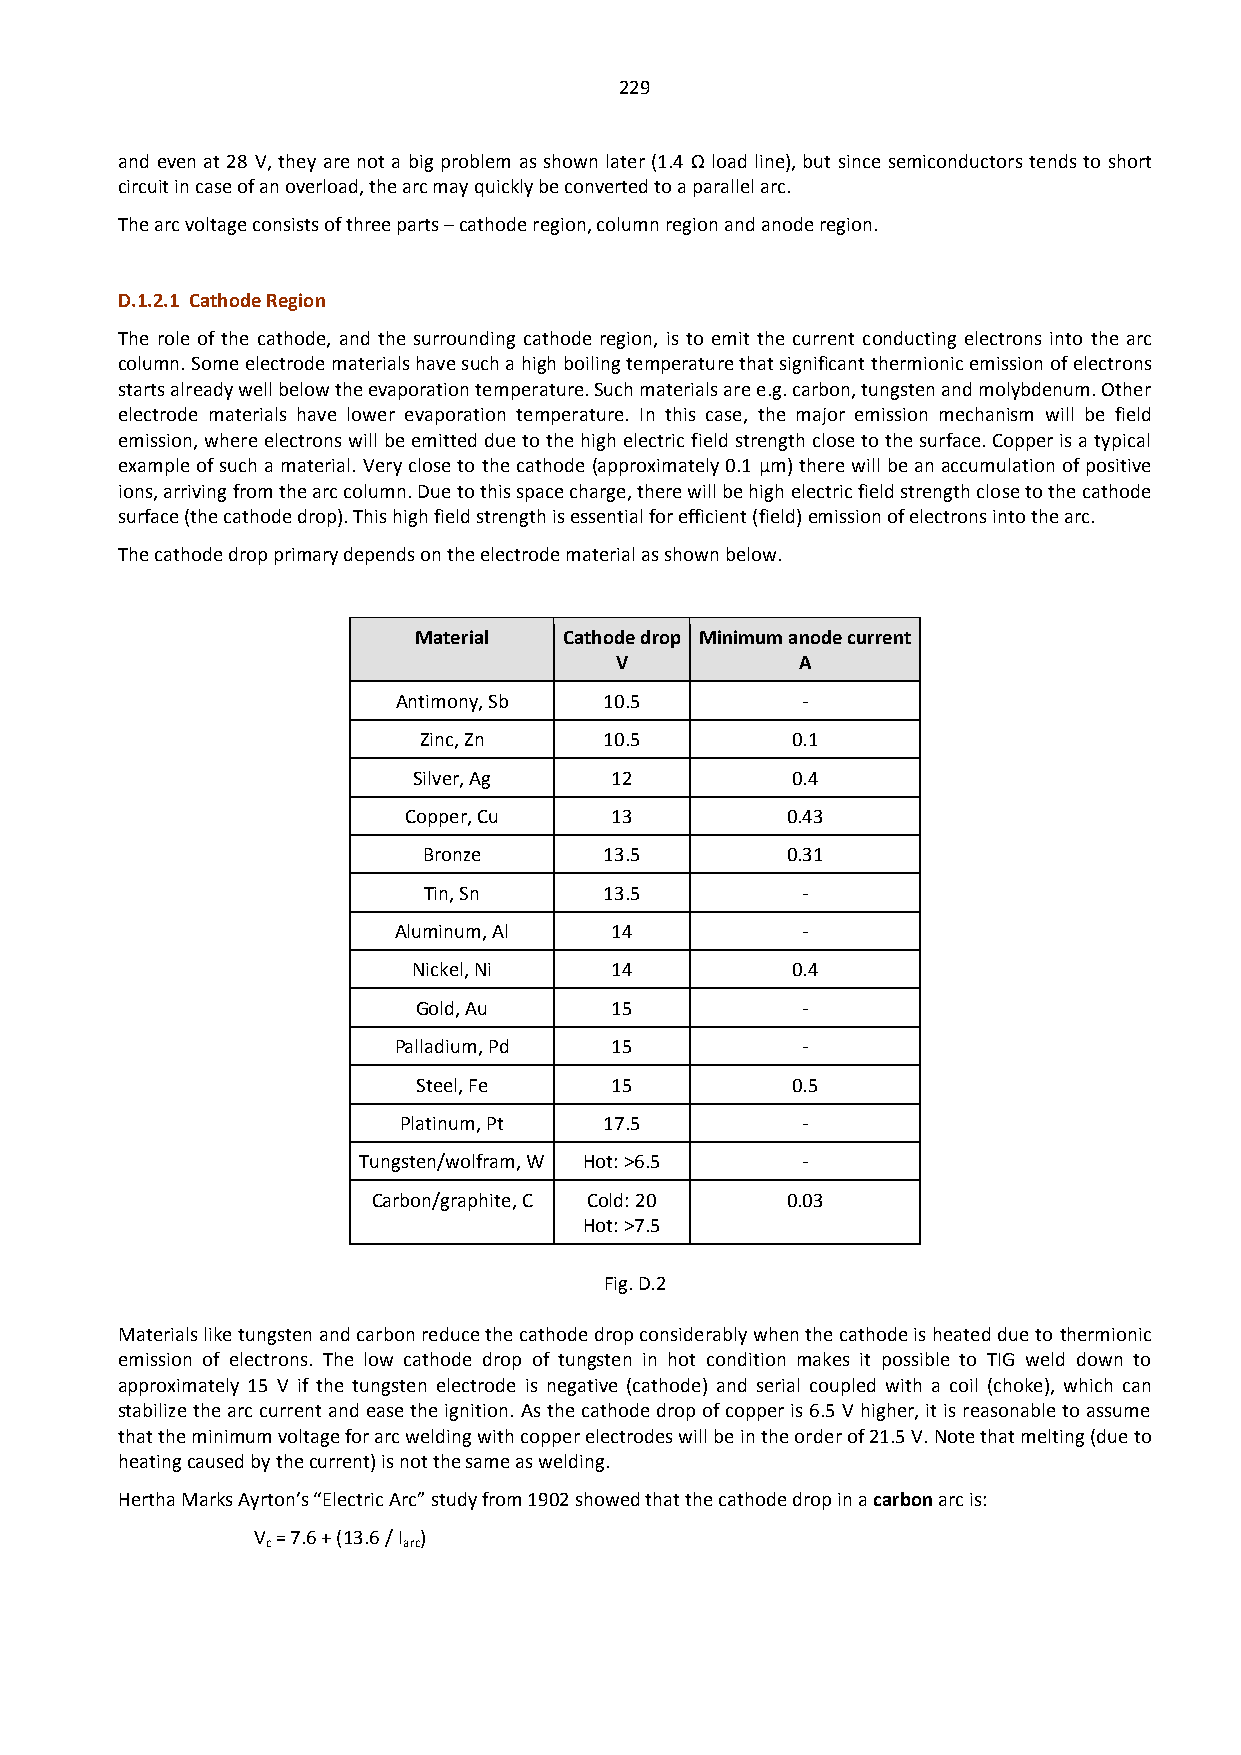
229
 and even at 28 V, they are not a big problem as shown later (1.4 Ω load line), but since semiconductors tends to short
 circuit in case of an overload, the arc may quickly be converted to a parallel arc.
 The arc voltage consists of three parts – cathode region, column region and anode region.
 D.1.2.1 Cathode Region
 The role of the cathode, and the surrounding cathode region, is to emit the current conducting electrons into the arc
 column. Some electrode materials have such a high boiling temperature that significant thermionic emission of electrons
 starts already well below the evaporation temperature. Such materials are e.g. carbon, tungsten and molybdenum. Other
 electrode materials have lower evaporation temperature. In this case, the major emission mechanism will be field
 emission, where electrons will be emitted due to the high electric field strength close to the surface. Copper is a typical
 example of such a material. Very close to the cathode (approximately 0.1 µm) there will be an accumulation of positive
 ions, arriving from the arc column. Due to this space charge, there will be high electric field strength close to the cathode
 surface (the cathode drop). This high field strength is essential for efficient (field) emission of electrons into the arc.
 The cathode drop primary depends on the electrode material as shown below.
 Material  Cathode drop Minimum anode current
 V           A
 Antimony, Sb  10.5         -
 Zinc, Zn    10.5        0.1
 Silver, Ag   12          0.4
 Copper, Cu   13          0.43
 Bronze      13.5        0.31
 Tin, Sn     13.5         -
 Aluminum, Al  14           -
 Nickel, Ni   14          0.4
 Gold, Au    15           -
 Palladium, Pd 15           -
 Steel, Fe   15          0.5
 Platinum, Pt  17.5         -
 Tungsten/wolfram, W Hot: >6.5 -
 Carbon/graphite, C Cold: 20 0.03
 Hot: >7.5
 Fig. D.2
 Materials like tungsten and carbon reduce the cathode drop considerably when the cathode is heated due to thermionic
 emission of electrons. The low cathode drop of tungsten in hot condition makes it possible to TIG weld down to
 approximately 15 V if the tungsten electrode is negative (cathode) and serial coupled with a coil (choke), which can
 stabilize the arc current and ease the ignition. As the cathode drop of copper is 6.5 V higher, it is reasonable to assume
 that the minimum voltage for arc welding with copper electrodes will be in the order of 21.5 V. Note that melting (due to
 heating caused by the current) is not the same as welding.
 Hertha Marks Ayrton’s “Electric Arc” study from 1902 showed that the cathode drop in a carbon arc is:
 V = 7.6 + (13.6 / I )
 c        arc